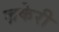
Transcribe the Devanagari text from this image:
ज़केरी